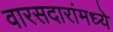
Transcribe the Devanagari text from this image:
वारसदारांमध्ये